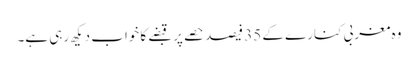
وہ مغربی کنارے کے 35 فیصد حصے پر قبضے کا خواب دیکھ رہی ہے۔